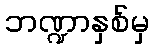
ဘဏ္ဍာနှစ်မှ